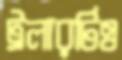
ট্রলারটিও